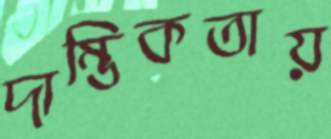
দাম্ভিকতায়